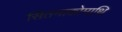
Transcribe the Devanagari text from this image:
सितमाकोमाथि